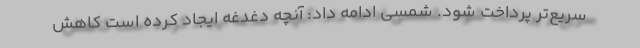
سریع‌تر پرداخت شود. شمسی ادامه داد: آنچه دغدغه ایجاد کرده است کاهش